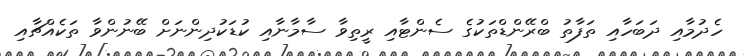
ހެދުމާއި ދަބަހާއި ތަފާތު ބްރޭންޑްތަކުގެ ސެންޓާއި ރީތިވާ ސާމާނާއި ކުޑަކުދިންނަށް ބޭނުންވާ ތަކެއްޗާއި